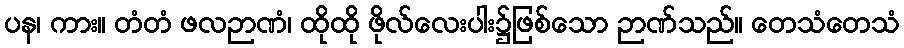
ပန၊ ကား။ တံတံ ဖလဉာဏံ၊ ထိုထို ဖိုလ်လေးပါး၌ဖြစ်သော ဉာဏ်သည်။ တေသံတေသံ